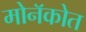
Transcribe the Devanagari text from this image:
मोनॅकोत